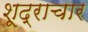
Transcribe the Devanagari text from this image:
शूद्राचार